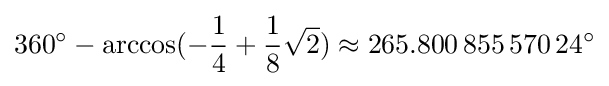
360^{\circ }-\arccos(-{\frac {1}{4}}+{\frac {1}{8}}{\sqrt {2}})\approx 265.800\,855\,570\,24^{\circ }